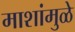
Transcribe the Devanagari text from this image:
माशांमुळे